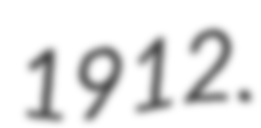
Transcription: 1912.